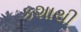
કશાથી